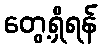
တွေ့ရှိရန်